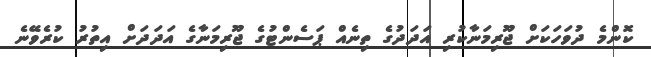
ކޮންމެ ދުވަހަކަށް ޖޫރިމަނާކުރި އަދަދުގެ ތިނެއް ޕަސެންޓުގެ ޖޫރިމަނާގެ އަދަދަށް އިތުރު ކުރެވޭނެ